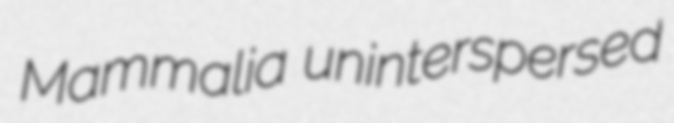
Mammalia uninterspersed